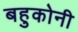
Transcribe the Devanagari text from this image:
बहुकोनी